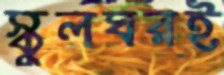
স্কুলঘরই